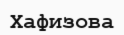
Хафизова